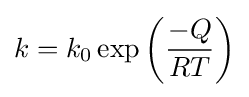
k=k_{0}\exp \left({\frac {-Q}{RT}}\right)\,\!